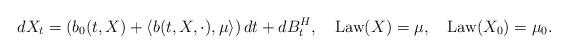
LaTeX: \begin{align*}dX_t=\left(b_0(t,X)+\langle b(t,X,\cdot),\mu\rangle\right)dt+dB^H_t,\quad\operatorname{Law}(X)=\mu,\quad\operatorname{Law}(X_0)=\mu_0.\end{align*}